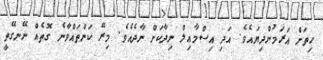
ހިތަށް އަރަމުންދިޔައެވެ. އަދި އިސްމާއިލް ނިދާކަށް ނާދެއެވެ. މިރޭ ކަންތައްވާނެ ގޮތެއް ނޭނގޭތީ